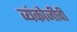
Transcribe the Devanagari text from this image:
व्यंकोजीची